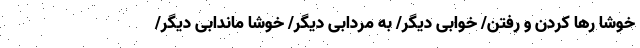
خوشا رها کردن و رفتن/ خوابی دیگر/ به مردابی دیگر/ خوشا ماندابی دیگر/